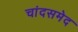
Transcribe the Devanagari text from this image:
चांदसमेद